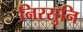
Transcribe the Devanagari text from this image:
निरसुनि